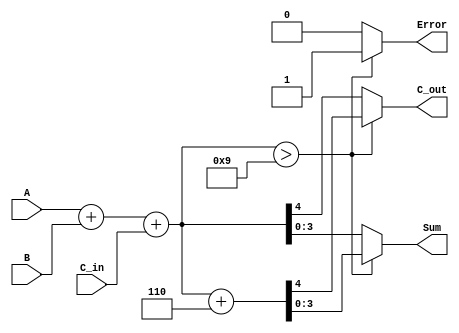
module BCD_Redundant_Binary_Adder (
    input  wire [3:0] A,        // First BCD digit
    input  wire [3:0] B,        // Second BCD digit
    input  wire C_in,           // Carry input
    output reg  [3:0] Sum,      // Resulting BCD digit
    output reg  C_out,          // Carry output
    output reg  Error           // Error flag
);

    wire [4:0] sum;            // Intermediate sum (5 bits to accommodate carry)
    wire [4:0] corrected_sum;

    // BCD addition logic
    assign sum = A + B + C_in; // Perform the addition

    // Checking for BCD correction by comparing to 9 (1001 in binary)
    always @(*) begin
        if (sum > 9) begin
            // If sum exceeds 9, add correction factor (6 = 0110)
            corrected_sum = sum + 5'b00110; // Add 6 (as 5-bit binary)
            Sum = corrected_sum[3:0]; // Use the lower 4 bits as the BCD Sum
            C_out = corrected_sum[4]; // Carry out from the sum
            Error = 1'b1; // Error flag is set
        end else begin
            // Otherwise, use the direct sum with no correction
            Sum = sum[3:0]; // Use the lower 4 bits as the BCD Sum
            C_out = sum[4]; // Carry out from the sum
            Error = 1'b0; // Error flag is not set
        end
    end

endmodule